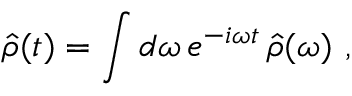
\hat { \rho } ( t ) = \int d \omega \, e ^ { - i \omega t } \, \hat { \rho } ( \omega ) \mathrm { ~ , ~ }